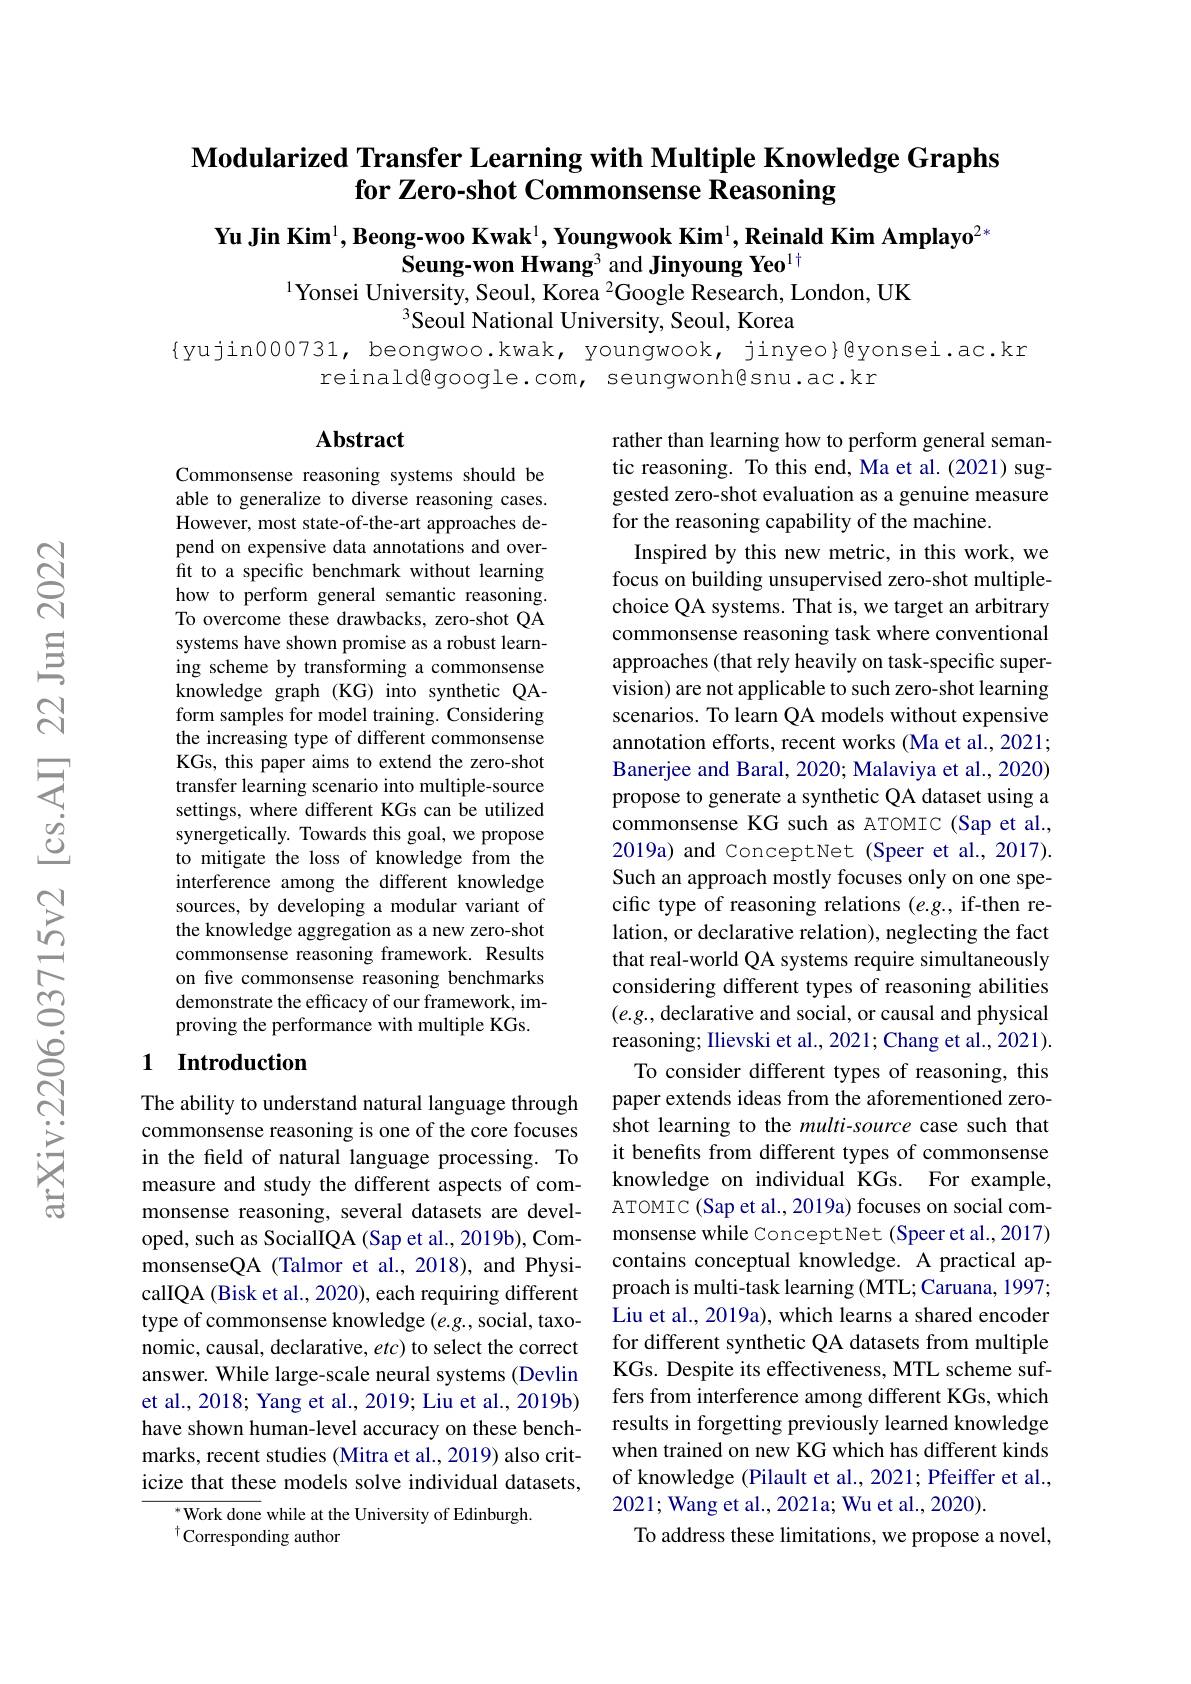
## Modularized Transfer Learning with Multiple Knowledge Graphs for Zero-shot Commonsense Reasoning

Yu Jin Kim$^1,\textbf{Beong-woo Kwak}^1,\textbf{Youngwook Kim}^1,\textbf{Reinald Kim Amplayo}^{2*}$
$\mathrm{Seung-won~Hwang^3~and~Jinyoung~Yeo}^{1\dagger}$
$^{1}$Yonsei University, Seoul, Korea $^{2}$Google Research, London, UK
$^{3}$Seoul National University, Seoul, Korea

$\{$yujin000731, beongwoo.kwak, youngwook, jinyeo}@yonsei.ac.kr
reinald@google.com, seungwonh@snu.ac.kr

## $\mathbf{Abstract}$

rather than learning how to perform general semantic reasoning. To this end, Ma et al. (2021) suggested zero-shot evaluation as a genuine measure for the reasoning capability of the machine.

Commonsense reasoning systems should be able to generalize to diverse reasoning cases. However, most state-of-the-art approaches depend on expensive data annotations and overfit to a specific benchmark without learning how to perform general semantic reasoning. To overcome these drawbacks, zero-shot QA systems have shown promise as a robust learning scheme by transforming a commonsense knowledge graph (KG) into synthetic QAform samples for model training. Considering the increasing type of different commonsense KGs, this paper aims to extend the zero-shot transfer learning scenario into multiple-source settings, where different KGs can be utilized synergetically. Towards this goal, we propose to mitigate the loss of knowledge from the interference among the different knowledge sources, by developing a modular variant of the knowledge aggregation as a new zero-shot commonsense reasoning framework. Results on five commonsense reasoning benchmarks demonstrate the efficacy of our framework, improving the performance with multiple KGs.

Inspired by this new metric, in this work, we focus on building unsupervised zero-shot multiplechoice QA systems. That is, we target an arbitrary commonsense reasoning task where conventional approaches (that rely heavily on task-specific supervision) are not applicable to such zero-shot learning scenarios. To learn QA models without expensive annotation efforts, recent works (Ma et al., 2021; Banerjee and Baral, 2020; Malaviya et al., 2020) propose to generate a synthetic QA dataset using a commonsense KG such as ATOMIC (Sap et al., 2019a) and ConceptNet (Speer et al., 2017). Such an approach mostly focuses only on one specific type of reasoning relations $(e.g.$, if-then relation, or declarative relation), neglecting the fact that real-world QA systems require simultaneously considering different types of reasoning abilities $(e.g.$, declarative and social, or causal and physical reasoning; Ilievski et al., 2021; Chang et al., 2021). To consider different types of reasoning, this
paper extends ideas from the aforementioned zeroshot learning to the multi-source case such that it benefits from different types of commonsense knowledge on individual KGs. For example, ATOMIC (Sap et al., 2019a) focuses on social commonsense while ConceptNet (Speer et al., 2017) contains conceptual knowledge. A practical approach is multi-task learning (MTL; Caruana, 1997; Liu et al., 2019a), which learns a shared encoder for different synthetic QA datasets from multiple KGs. Despite its effectiveness, MTL scheme suffers from interference among different KGs, which results in forgetting previously learned knowledge when trained on new KG which has different kinds of knowledge (Pilault et al., 2021; Pfeiffer et al., 2021; Wang et al., 2021a; Wu et al., 2020).
To address these limitations, we propose a novel,

## 1 Introduction

The ability to understand natural language through commonsense reasoning is one of the core focuses in the feld of natural language processing. To measure and study the different aspects of commonsense reasoning, several datasets are developed, such as SocialIQA (Sap et al., 2019b), CommonsenseQA (Talmor et al., 2018), and PhysicalIQA (Bisk et al., 2020), each requiring different type of commonsense knowledge $(e.g.$, social, taxonomic, causal, declarative, $etc)$ to select the correct answer. While large-scale neural systems (Devlin et al., 2018; Yang et al., 2019; Liu et al., 2019b) have shown human-level accuracy on these benchmarks, recent studies (Mitra et al., 2019) also criticize that these models solve individual datasets,
$^*$Work done while at the University of Edinburgh.

$^{\dagger}$Corresponding author